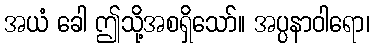
အယံ ခေါ ဤသို့အစရှိသော်။ အပ္ပနာဝါရော၊